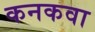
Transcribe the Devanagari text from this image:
कनकवा